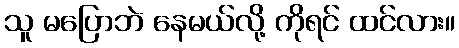
သူ မပြောဘဲ နေမယ်လို့ ကိုရင် ထင်လား။